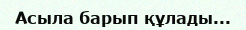
Асыла барып құлады...